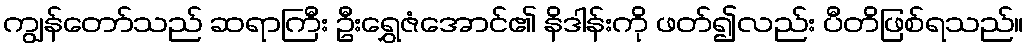
ကျွန်တော်သည် ဆရာကြီး ဦးရွှေဇံအောင်၏ နိဒါန်းကို ဖတ်၍လည်း ပီတိဖြစ်ရသည်။